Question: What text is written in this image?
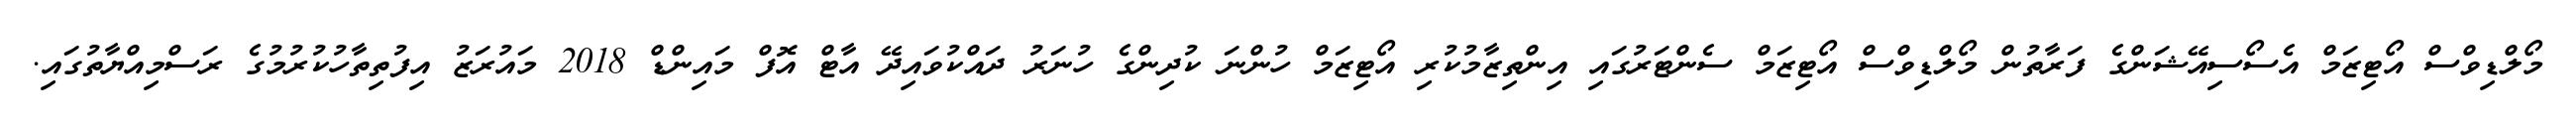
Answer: މޯލްޑިވްސް އޯޓިޒަމް އެސޯސިއޭޝަންގެ ފަރާތުން މޯލްޑިވްސް އޯޓިޒަމް ސެންޓަރުގައި އިންތިޒާމުކުރި އޯޓިޒަމް ހުންނަ ކުދިންގެ ހުނަރު ދައްކުވައިދޭ އާޓް އޮފް މައިންޑް 2018 މައުރަޒު އިފުތިތާހުކުރުމުގެ ރަސްމިއްޔާތުގައި.